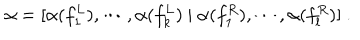
LaTeX: \alpha = [ \alpha ( f _ { 1 } ^ { L } ) , \cdots , \alpha ( f _ { k } ^ { L } ) \ | \ \alpha ( f _ { 1 } ^ { R } ) , \cdots , \alpha ( f _ { l } ^ { R } ) ] \ .